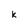
Character: k